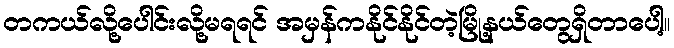
တကယ်လို့ပေါင်းလို့မရရင် အမှန်ကနိုင်နိုင်တဲ့မြို့နယ်တွေရှိတာပေါ့။